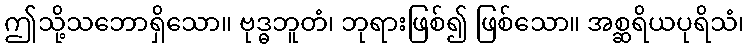
ဤသို့သဘောရှိသော။ ဗုဒ္ဓဘူတံ၊ ဘုရားဖြစ်၍ ဖြစ်သော။ အစ္ဆရိယပုရိသံ၊